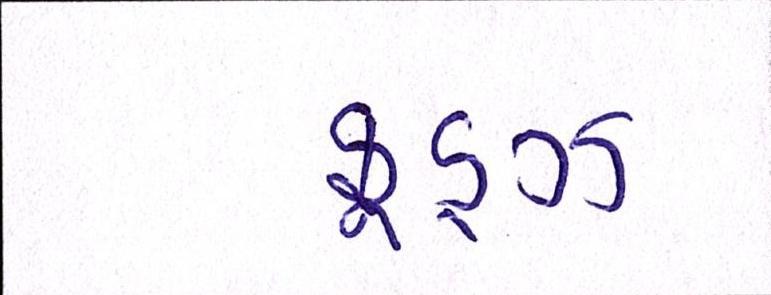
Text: ફૂડ્ઝ